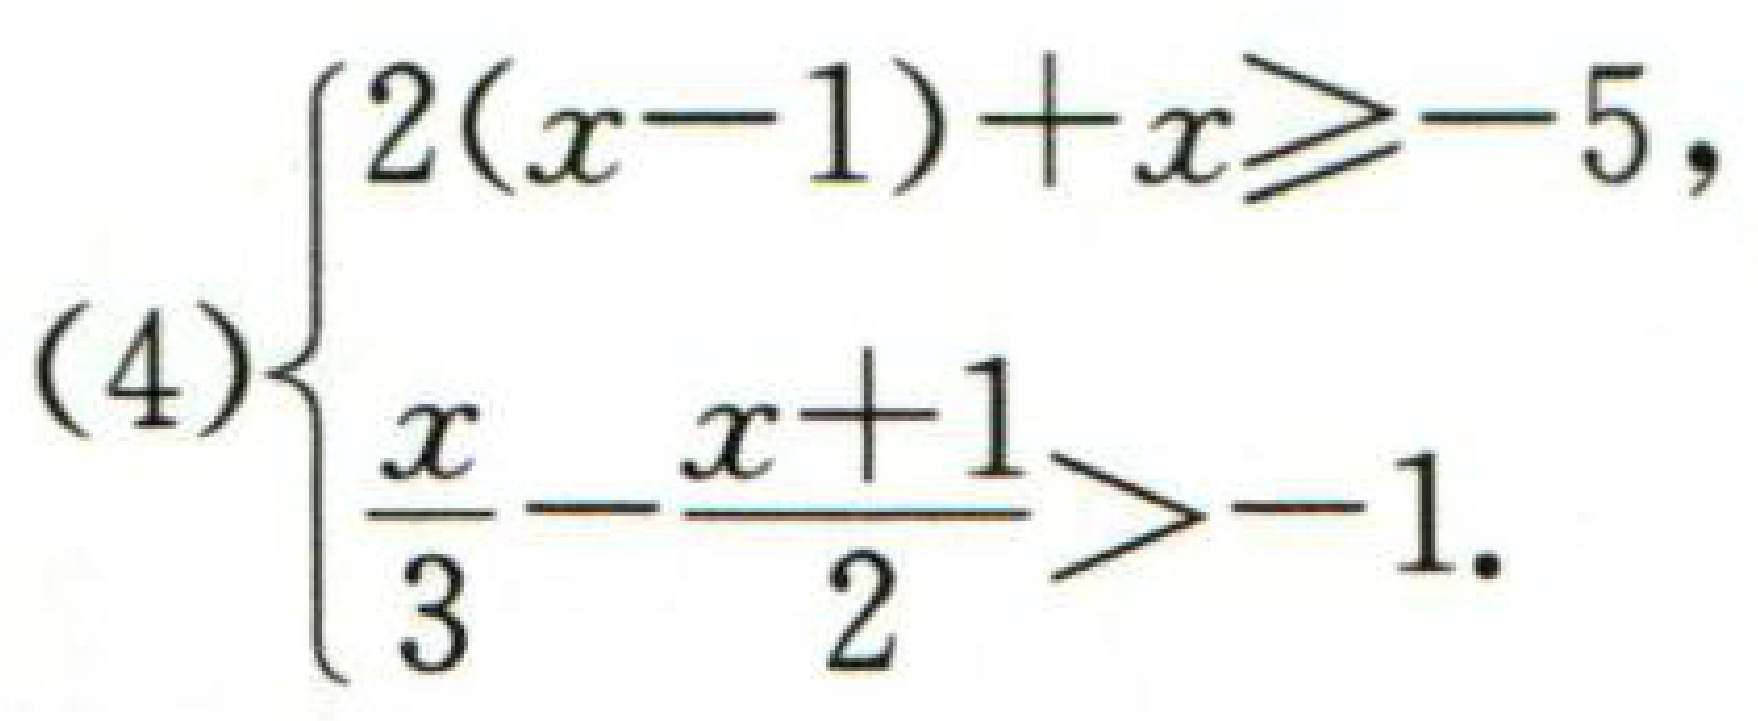
\[(4)\begin{cases}2(x - 1)+x\geqslant - 5,\\\frac{x}{3}-\frac{x + 1}{2}>-1.\end{cases}\]